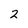
Character: 2